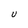
Character: u